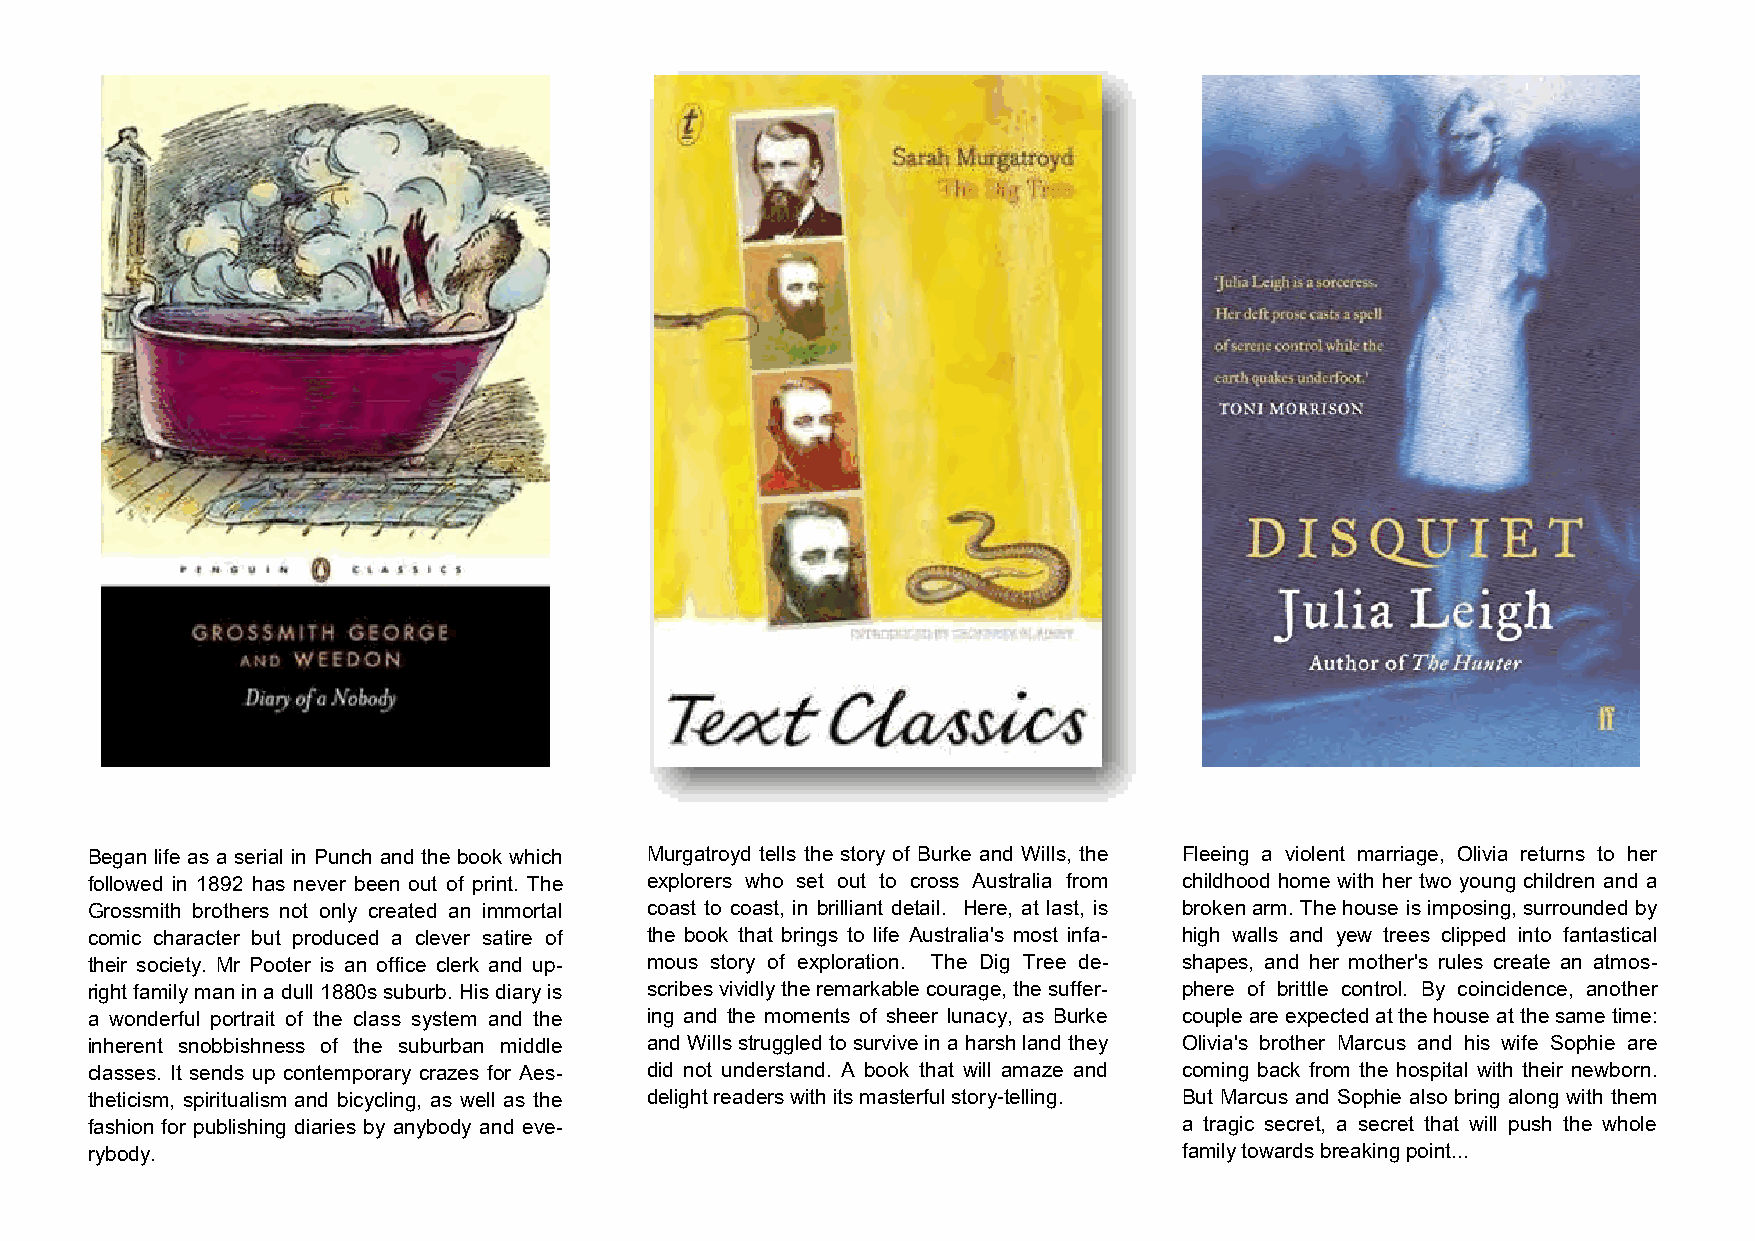
Began life as a serial in Punch and the book which Murgatroyd tells the story of Burke and Wills, the Fleeing a violent marriage, Olivia returns to her
 followed in 1892 has never been out of print. The explorers who set out to cross Australia from childhood home with her two young children and a
 Grossmith brothers not only created an immortal coast to coast, in brilliant detail. Here, at last, is broken arm. The house is imposing, surrounded by
 comic character but produced a clever satire of the book that brings to life Australia's most infa- high walls and yew trees clipped into fantastical
 their society. Mr Pooter is an office clerk and up- mous story of exploration. The Dig Tree de- shapes, and her mother's rules create an atmos-
 right family man in a dull 1880s suburb. His diary is scribes vividly the remarkable courage, the suffer- phere of brittle control. By coincidence, another
 a wonderful portrait of the class system and the ing and the moments of sheer lunacy, as Burke couple are expected at the house at the same time:
 inherent snobbishness of the suburban middle and Wills struggled to survive in a harsh land they Olivia's brother Marcus and his wife Sophie are
 classes. It sends up contemporary crazes for Aes- did not understand. A book that will amaze and coming back from the hospital with their newborn.
 theticism, spiritualism and bicycling, as well as the delight readers with its masterful story-telling. But Marcus and Sophie also bring along with them
 fashion for publishing diaries by anybody and eve-                      a tragic secret, a secret that will push the whole
 rybody.                                                                 family towards breaking point...